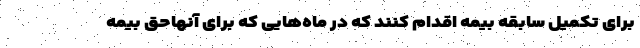
برای تکمیل سابقه بیمه اقدام کنند که در ماه‌هایی که برای آنهاحق بیمه